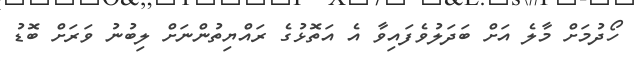
ހޯދުމަށް މާލެ އަށް ބަދަލުވެފައިވާ އެ އަތޮޅުގެ ރައްޔިތުންނަށް ލިބުނު ވަރަށް ބޮޑު